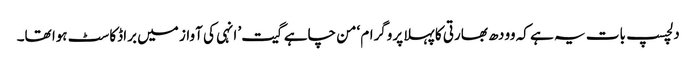
دلچسپ بات یہ ہے کہ وودھ بھارتی کا پہلا پروگرام ‘من چاہے گیت’ انہی کی آواز میں براڈکاسٹ ہوا تھا۔